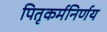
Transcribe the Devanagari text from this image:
पितृकर्मनिर्णय